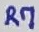
Text: R7